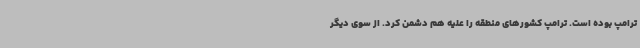
ترامپ بوده است. ترامپ کشورهای منطقه را علیه هم دشمن کرد. از سوی دیگر